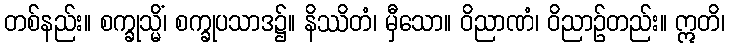
တစ်နည်း။ စက္ခုသ္မိံ၊ စက္ခုပသာဒ၌။ နိဿိတံ၊ မှီသော။ ဝိညာဏံ၊ ဝိညာဉ်တည်း။ ဣတိ၊